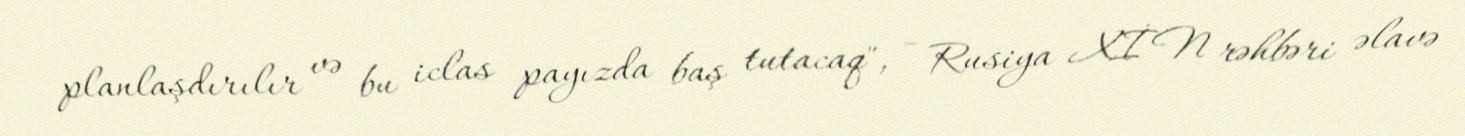
planlaşdırılır və bu iclas payızda baş tutacaq", - Rusiya XİN rəhbəri əlavə